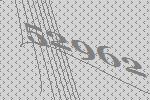
52962